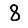
Digit: 8